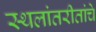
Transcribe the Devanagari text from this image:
स्थलांतरीतांचे